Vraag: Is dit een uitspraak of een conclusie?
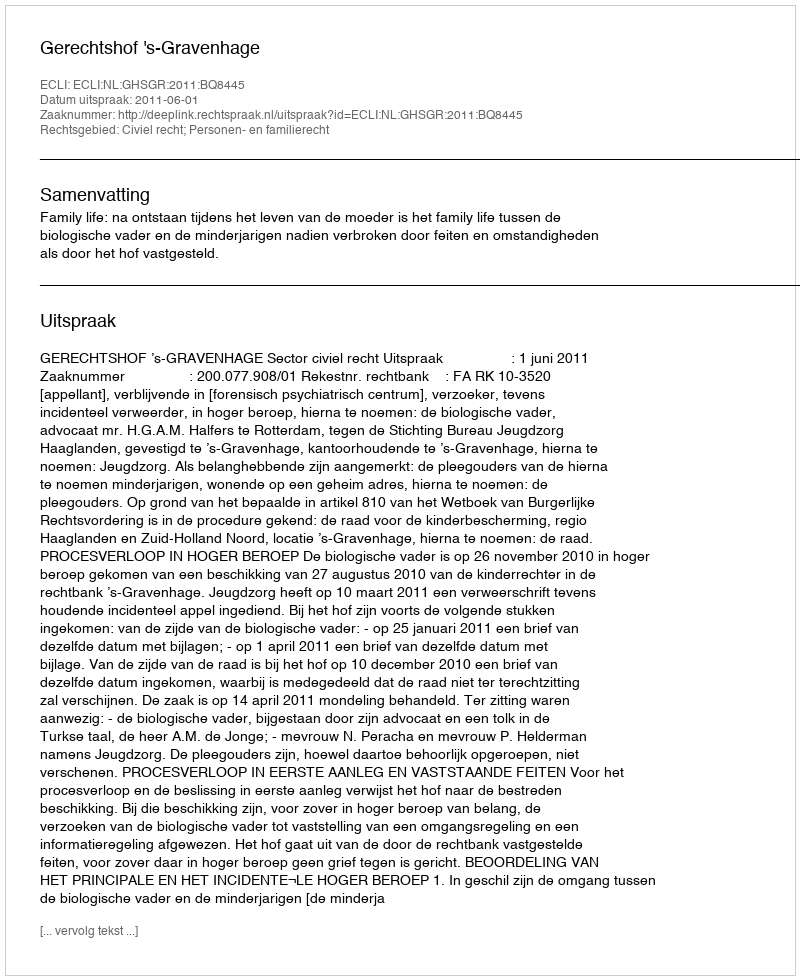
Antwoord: Uitspraak